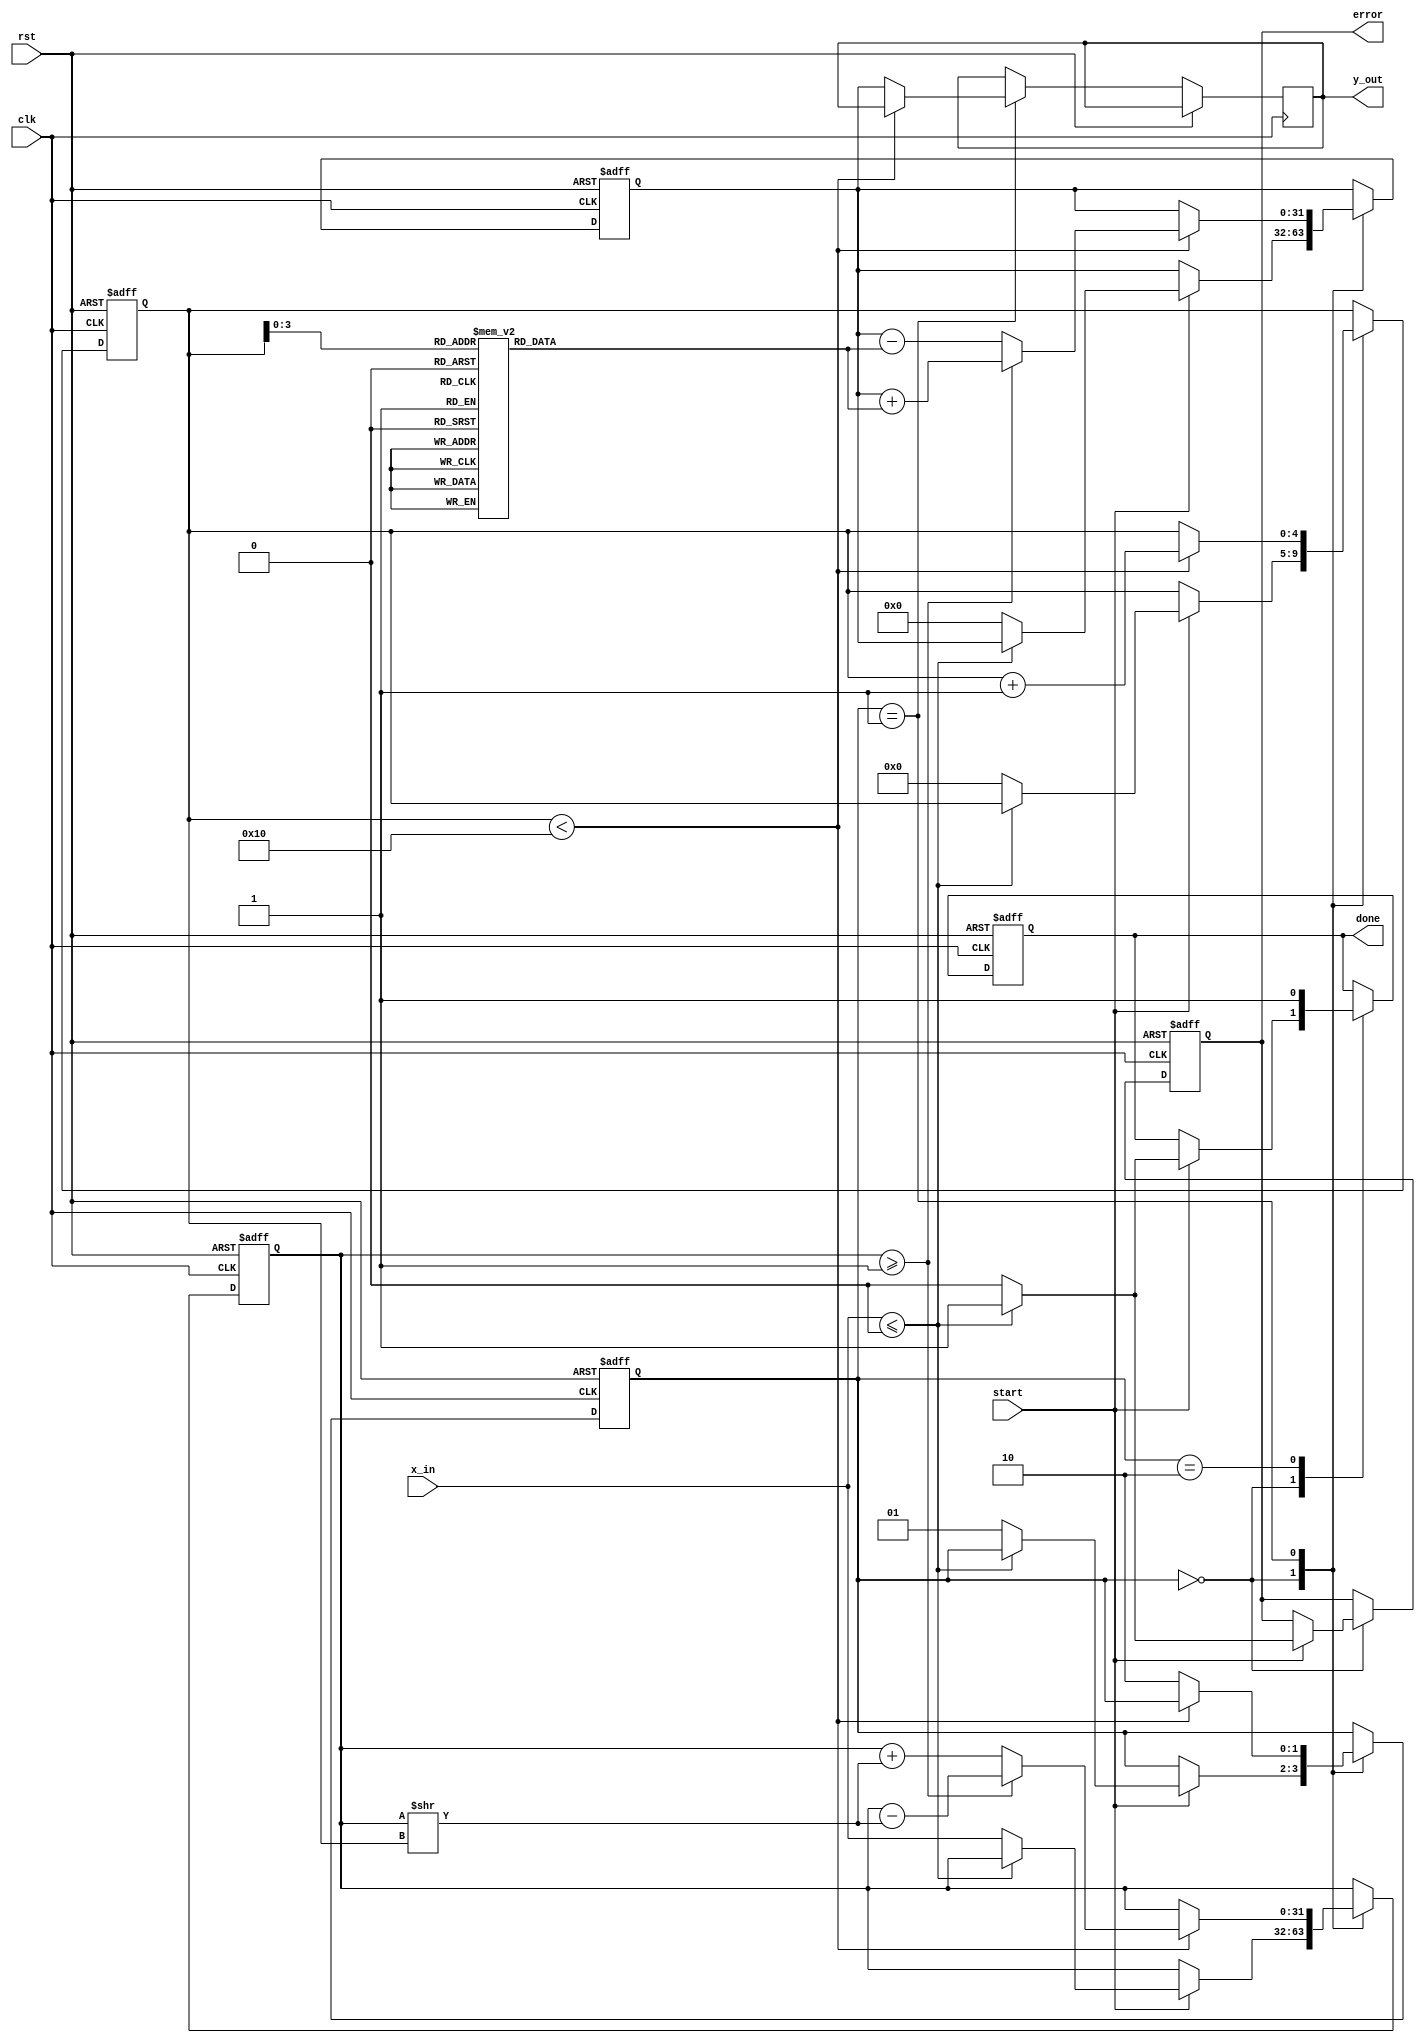
module cordic_logarithm #(
    parameter WIDTH = 32,      // Bit-width for input and output
    parameter ITERATIONS = 16  // Number of iterations for CORDIC
)(
    input  wire clk,
    input  wire rst,
    input  wire start,
    input  wire [WIDTH-1:0] x_in, // Input: Positive floating-point number
    output reg [WIDTH-1:0] y_out,  // Output: Logarithmic value
    output reg done,                // Signal to indicate completion
    output reg error                // Signal to indicate error
);

    // Internal signals
    reg [WIDTH-1:0] x;              // Current x value
    reg [WIDTH-1:0] z;              // Current z value (angle)
    reg [WIDTH-1:0] y;              // Accumulated y value (logarithm)
    reg [4:0] iteration;            // Iteration counter
    reg [1:0] state;                // FSM state

    // CORDIC arctangent values for logarithm calculations
    reg [WIDTH-1:0] atan_table [0:ITERATIONS-1];

    initial begin
        // Initialize arctan values (in fixed-point format)
        atan_table[0] = 32'h00000000; // atan(1) = 0
        atan_table[1] = 32'h00000001; // atan(1/2)
        // ... Fill in remaining values based on the CORDIC algorithm
        // This is a placeholder for actual values
    end

    // FSM states
    localparam IDLE = 2'b00;
    localparam PROCESS = 2'b01;
    localparam DONE = 2'b10;

    always @(posedge clk or posedge rst) begin
        if (rst) begin
            // Reset all registers
            x <= 0;
            z <= 0;
            y <= 0;
            iteration <= 0;
            state <= IDLE;
            done <= 0;
            error <= 0;
        end else begin
            case (state)
                IDLE: begin
                    if (start) begin
                        // Input validation
                        if (x_in <= 0) begin
                            error <= 1; // Invalid input
                            done <= 1;
                        end else begin
                            // Initialize values for CORDIC
                            x <= x_in;
                            z <= 0; // Start with z = 0
                            y <= 0; // Start with accumulated log value = 0
                            iteration <= 0;
                            state <= PROCESS;
                            error <= 0;
                            done <= 0;
                        end
                    end
                end
                
                PROCESS: begin
                    if (iteration < ITERATIONS) begin
                        // CORDIC iterative rotation
                        if (x >= 1) begin
                            x <= x - (x >> iteration); // Update x
                            y <= y + atan_table[iteration]; // Update y
                        end else begin
                            x <= x + (x >> iteration); // Update x
                            y <= y - atan_table[iteration]; // Update y
                        end
                        iteration <= iteration + 1; // Move to next iteration
                    end else begin
                        // Finished iterations
                        y_out <= y; // Output the result
                        state <= DONE;
                    end
                end
                
                DONE: begin
                    done <= 1; // Indicate completion
                end
            endcase
        end
    end

endmodule